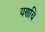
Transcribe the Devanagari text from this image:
यणचि